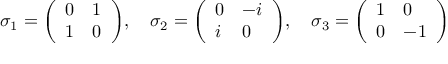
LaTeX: \sigma _ { 1 } = { \left( \begin{array} { l l } { 0 } & { 1 } \\ { 1 } & { 0 } \end{array} \right) } , \quad \sigma _ { 2 } = { \left( \begin{array} { l l } { 0 } & { - i } \\ { i } & { 0 } \end{array} \right) } , \quad \sigma _ { 3 } = { \left( \begin{array} { l l } { 1 } & { 0 } \\ { 0 } & { - 1 } \end{array} \right) }